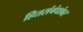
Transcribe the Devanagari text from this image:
हितसंबंधांवर